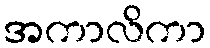
အကာလိကာ